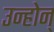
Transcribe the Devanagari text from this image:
उन्होन्